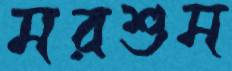
মরশুম